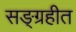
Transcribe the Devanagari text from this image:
सङ्ग्रहीत